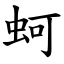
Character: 蚵